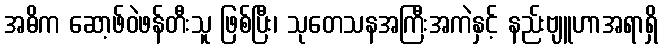
အဓိက ဆော့ဖ်ဝဲဖန်တီးသူ ဖြစ်ပြီး၊ သုတေသနအကြီးအကဲနှင့် နည်းဗျူဟာအရာရှိ